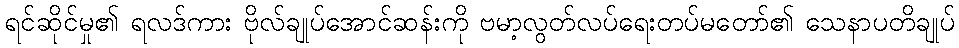
ရင်ဆိုင်မှု၏ ရလဒ်ကား ဗိုလ်ချုပ်အောင်ဆန်းကို ဗမာ့လွတ်လပ်ရေးတပ်မတော်၏ သေနာပတိချုပ်